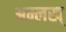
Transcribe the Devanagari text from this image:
अम्लख्